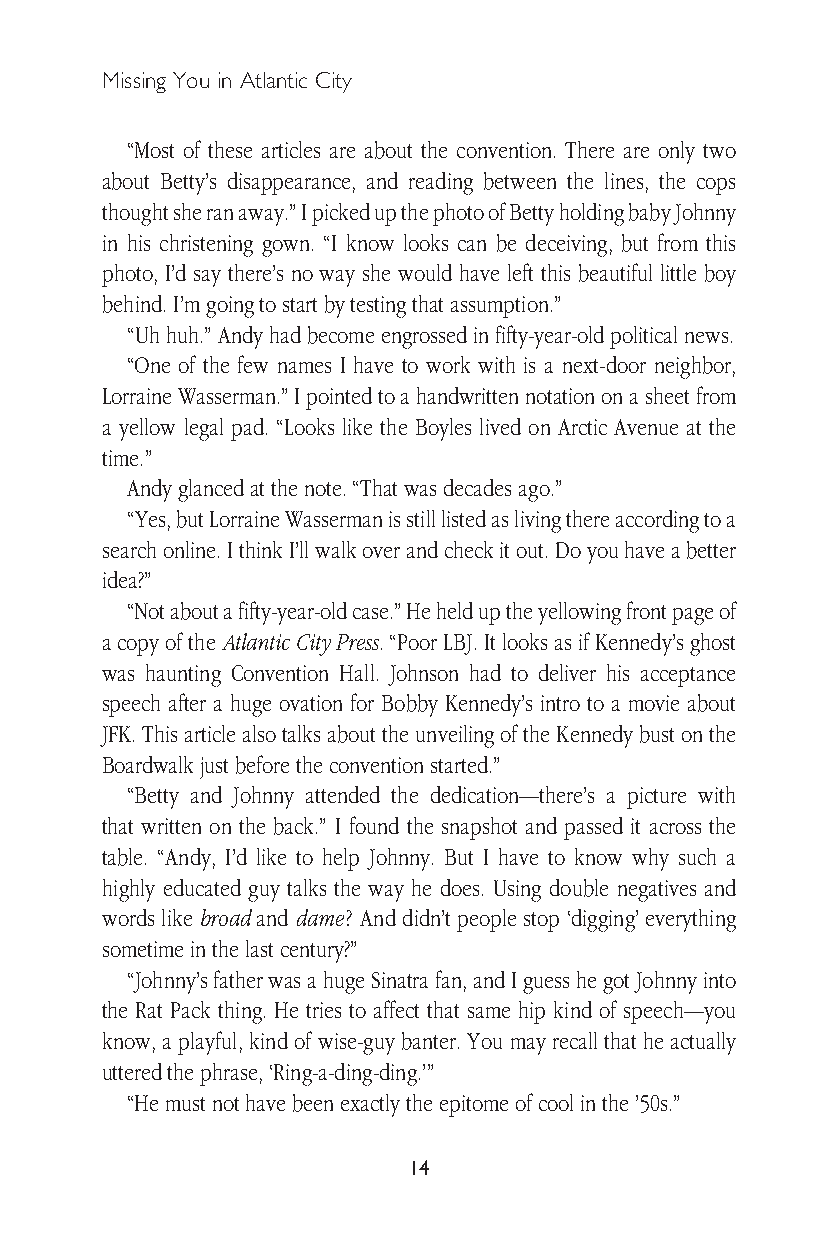
Missing You in Atlantic City
 “Most of these articles are about the convention. There are only two
 about Betty’s disappearance, and reading between the lines, the cops
 thought she ran away.” I picked up the photo of Betty holding baby Johnny
 in his christening gown. “I know looks can be deceiving, but from this
 photo, I’d say there’s no way she would have left this beautiful little boy
 behind. I’m going to start by testing that assumption.”
 “Uh huh.” Andy had become engrossed in fifty-year-old political news.
 “One of the few names I have to work with is a next-door neighbor,
 Lorraine Wasserman.” I pointed to a handwritten notation on a sheet from
 a yellow legal pad. “Looks like the Boyles lived on Arctic Avenue at the
 time.”
 Andy glanced at the note. “That was decades ago.”
 “Yes, but Lorraine Wasserman is still listed as living there according to a
 search online. I think I’ll walk over and check it out. Do you have a better
 idea?”
 “Not about a fifty-year-old case.” He held up the yellowing front page of
 a copy of the Atlantic City Press. “Poor LBJ. It looks as if Kennedy’s ghost
 was haunting Convention Hall. Johnson had to deliver his acceptance
 speech after a huge ovation for Bobby Kennedy’s intro to a movie about
 JFK. This article also talks about the unveiling of the Kennedy bust on the
 Boardwalk just before the convention started.”
 “Betty and Johnny attended the dedication—there’s a picture with
 that written on the back.” I found the snapshot and passed it across the
 table. “Andy, I’d like to help Johnny. But I have to know why such a
 highly educated guy talks the way he does. Using double negatives and
 words like broad and dame? And didn’t people stop ‘digging’ everything
 sometime in the last century?”
 “Johnny’s father was a huge Sinatra fan, and I guess he got Johnny into
 the Rat Pack thing. He tries to affect that same hip kind of speech—you
 know, a playful, kind of wise-guy banter. You may recall that he actually
 uttered the phrase, ‘Ring-a-ding-ding.’”
 “He must not have been exactly the epitome of cool in the ’50s.”
 14